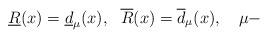
LaTeX: \begin{align*}\underline{R}(x)=\underline{d}_\mu(x),\ \ \overline{R}(x)=\overline{d}_\mu(x), \ \ \ \mu-\end{align*}